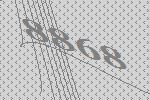
8868